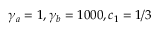
\gamma _ { a } = 1 , \gamma _ { b } = 1 0 0 0 , c _ { 1 } = 1 / 3